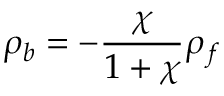
\rho _ { b } = - { \frac { \chi } { 1 + \chi } } \rho _ { f }